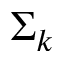
\Sigma _ { k }